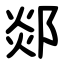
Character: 郯